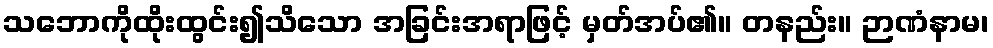
သဘောကိုထိုးထွင်း၍သိသော အခြင်းအရာဖြင့် မှတ်အပ်၏။ တနည်း။ ဉာဏံနာမ၊